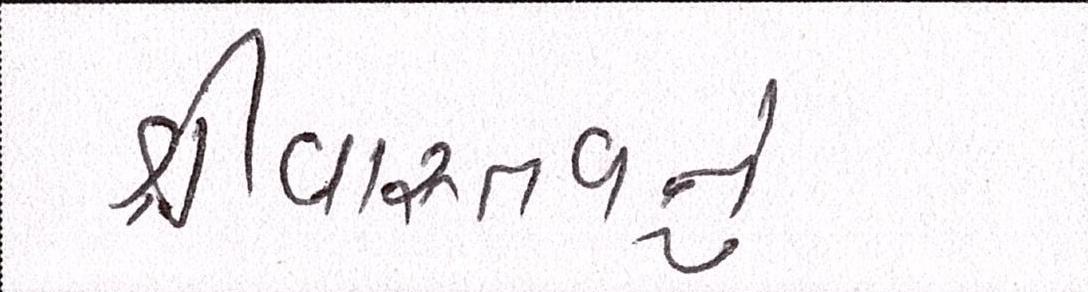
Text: શ્રીવાસ્તવનું